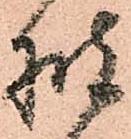
披